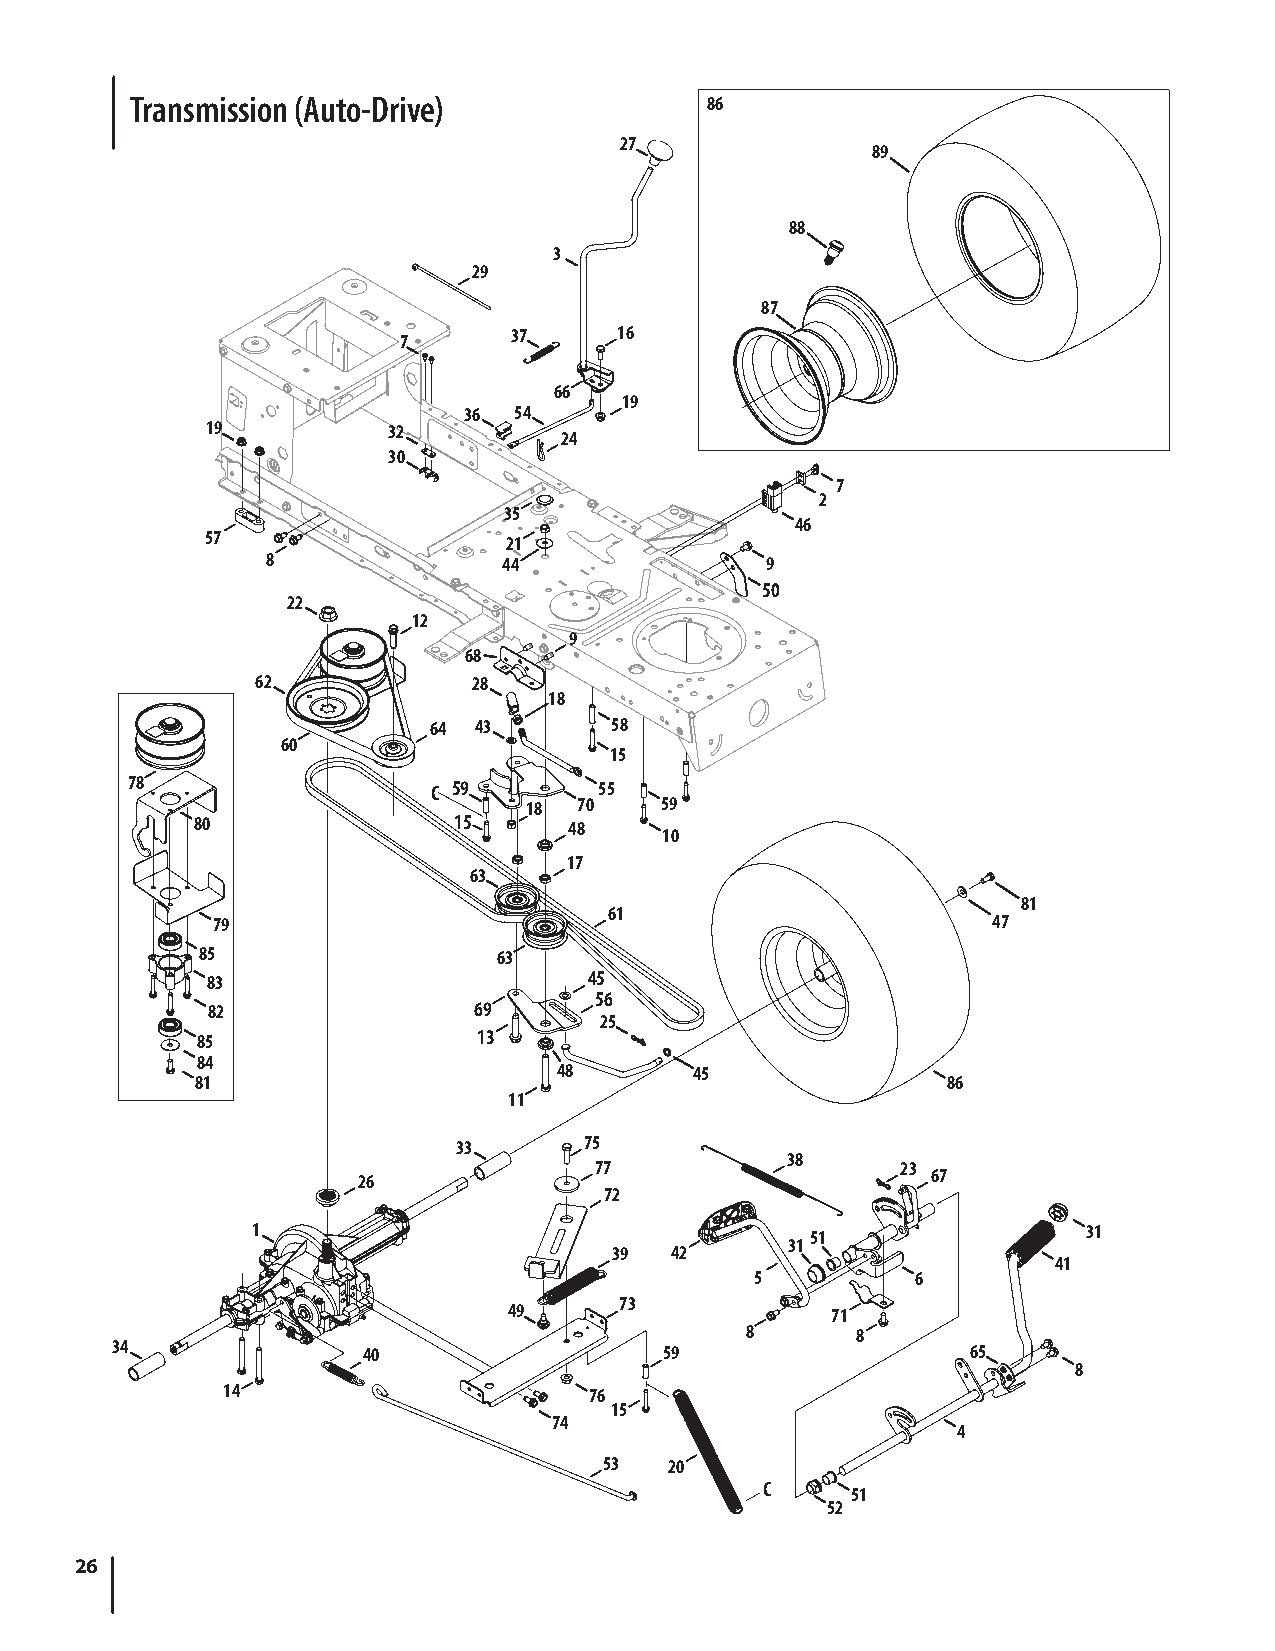
Transmission (Auto-Drive)             86
 27
 89
 88
 3
 29
 87
 37     16
 7
 66
 19
 36 54
 19          32         24
 30
 7
 2
 35
 46
 57                  21
 8              44                9
 50
 22
 12
 9
 68
 62            28
 18
 64 43       58
 60
 15
 78                   C 59       55
 18 70    59
 80               15      48
 10
 17
 63
 81
 61
 79                                                  47
 85                  63
 83                       45
 56
 82               69
 25
 85                 13
 84
 48       45
 81                                                86
 11
 33       75
 38
 77                   23
 26                                    67
 72
 1                                    51                31
 31
 39 42
 41
 5          6
 73
 49                   71
 8       8
 34               40                  59                  65
 8
 14                      76
 15
 74
 4
 53  20
 C     51
 52
 26